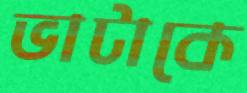
ভাটাকে